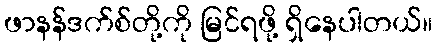
ဖာနန်ဒက်စ်တို့ကို မြင်ရဖို့ ရှိနေပါတယ်။